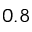
0 . 8